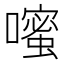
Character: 𪢗